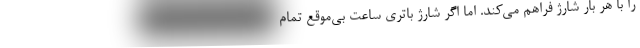
را با هر بار شارژ فراهم می‌کند. اما اگر شارژ باتری ساعت بی‌موقع تمام